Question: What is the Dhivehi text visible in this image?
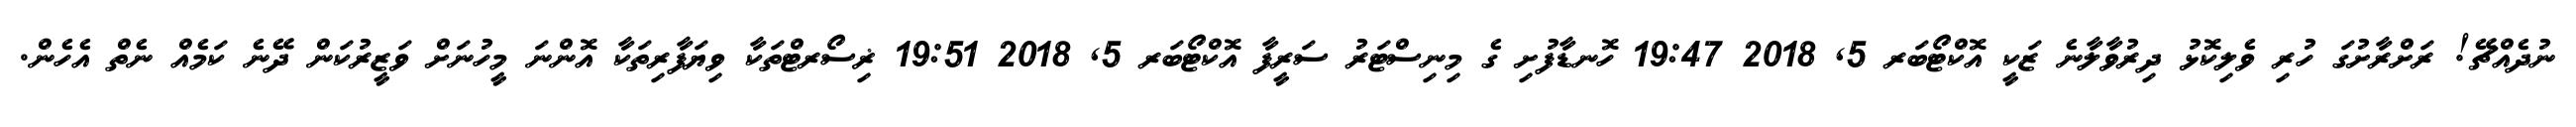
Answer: ނުދެއްޗޭ! ރަށްރާށުގަ ހުރި ވެލިކޮޅު ދިރުވާލާނެ ޒަކީ އޮކްޓޯބަރ 5, 2018 19:47 ހޮނޑާފުށި ގެ މިނިސްޓަރު ސަރީފާ އޮކްޓޯބަރ 5, 2018 19:51 ޜިސޯރޓްތަކާ ވިޔަފާރިތަކާ އޮންނަ މީހުނަށް ވަޒީރުކަން ދޭނެ ކަމެއް ނެތް އެހެން.